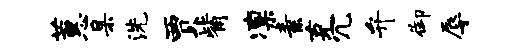
蕙臬洗贾觜凛素克冗弁御辱